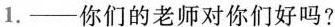
1.——你们的老师对你们好吗?